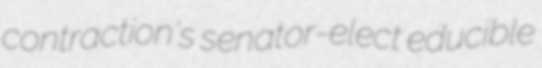
contraction's senator-elect educible